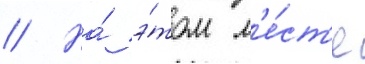
// На́ э́том м'е́ст'е